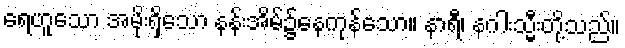
ရေဟူသော အမိုးရှိသော နန်းအိမ်၌နေကုန်သော။ နာရီ၊ နဂါးသ္မီးတို့သည်။